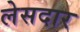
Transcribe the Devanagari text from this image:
लेसदार